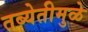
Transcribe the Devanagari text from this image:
तब्येतीमुळे